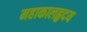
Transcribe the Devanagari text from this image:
महाकालहृदय